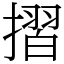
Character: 摺